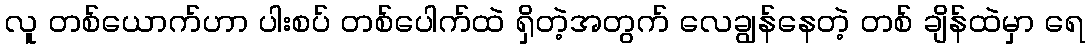
လူ တစ်ယောက်ဟာ ပါးစပ် တစ်ပေါက်ထဲ ရှိတဲ့အတွက် လေချွန်နေတဲ့ တစ် ချိန်ထဲမှာ ရေ